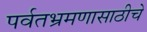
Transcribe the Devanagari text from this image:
पर्वतभ्रमणासाठीचे